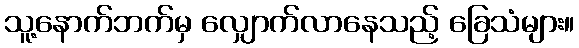
သူ့နောက်ဘက်မှ လျှောက်လာနေသည့် ခြေသံများ။